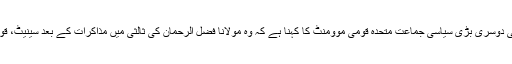
کراچی — پارلیمان میں عددی اعتبار سے پاکستان کی چوتھی بڑی اور صوبہ سندھ کی دوسری بڑی سیاسی جماعت متحدہ قومی موومنٹ کا کہنا ہے کہ وہ مولانا فضل الرحمان کی ثالثی میں مذاکرات کے بعد سینیٹ، قومی اسمبلی اور صوبائی اسمبلی کے استعفے واپس لینے یا نہ لینے کا فیصلہ کرے گی۔